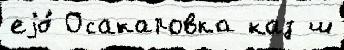
еjо́ Осакаровка каз ш